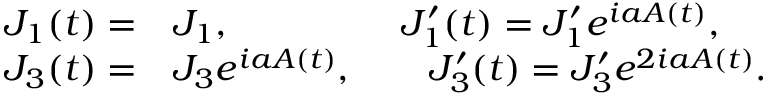
\begin{array} { r l } { J _ { 1 } ( t ) = } & { { } J _ { 1 } , \qquad \qquad \; \; J _ { 1 } ^ { \prime } ( t ) = J _ { 1 } ^ { \prime } e ^ { i a A ( t ) } , } \\ { J _ { 3 } ( t ) = } & { { } J _ { 3 } e ^ { i a A ( t ) } , \qquad J _ { 3 } ^ { \prime } ( t ) = J _ { 3 } ^ { \prime } e ^ { 2 i a A ( t ) } . } \end{array}